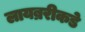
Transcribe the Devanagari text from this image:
लायब्ररीकडे